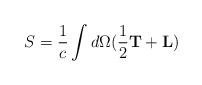
LaTeX: \begin{align*}S=\frac{1}{c}\int d\Omega (\frac{1}{2}{\bf T}+{\bf L})\end{align*}